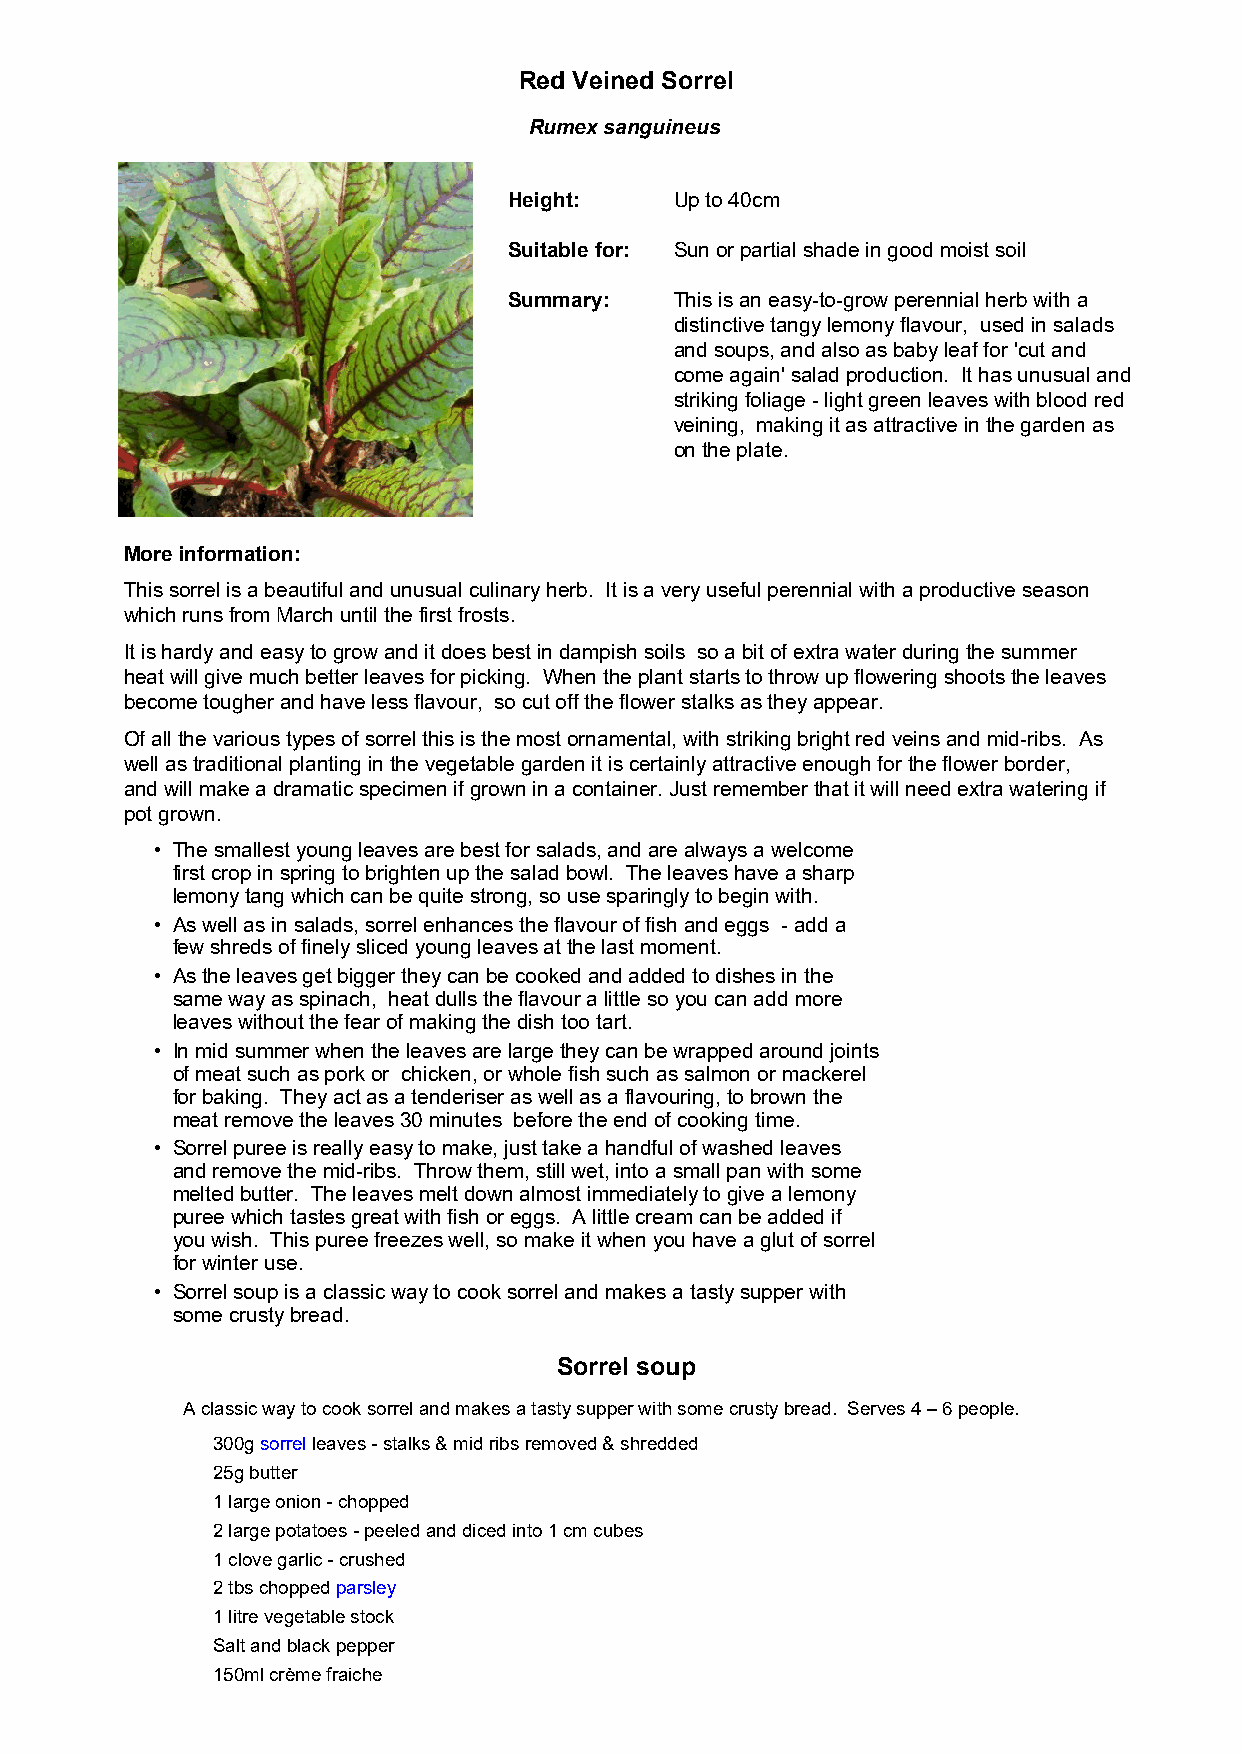
Red Veined Sorrel
 Rumex sanguineus
 Height:    Up to 40cm
 Suitable for: Sun or partial shade in good moist soil
 Summary:   This is an easy-to-grow perennial herb with a
 distinctive tangy lemony flavour, used in salads
 and soups, and also as baby leaf for 'cut and
 come again' salad production. It has unusual and
 striking foliage - light green leaves with blood red
 veining, making it as attractive in the garden as
 on the plate.
 More information:
 This sorrel is a beautiful and unusual culinary herb. It is a very useful perennial with a productive season
 which runs from March until the first frosts.
 It is hardy and easy to grow and it does best in dampish soils so a bit of extra water during the summer
 heat will give much better leaves for picking. When the plant starts to throw up flowering shoots the leaves
 become tougher and have less flavour, so cut off the flower stalks as they appear.
 Of all the various types of sorrel this is the most ornamental, with striking bright red veins and mid-ribs. As
 well as traditional planting in the vegetable garden it is certainly attractive enough for the flower border,
 and will make a dramatic specimen if grown in a container. Just remember that it will need extra watering if
 pot grown.
 • The smallest young leaves are best for salads, and are always a welcome
 first crop in spring to brighten up the salad bowl. The leaves have a sharp
 lemony tang which can be quite strong, so use sparingly to begin with.
 • As well as in salads, sorrel enhances the flavour of fish and eggs - add a
 few shreds of finely sliced young leaves at the last moment.
 • As the leaves get bigger they can be cooked and added to dishes in the
 same way as spinach, heat dulls the flavour a little so you can add more
 leaves without the fear of making the dish too tart.
 • In mid summer when the leaves are large they can be wrapped around joints
 of meat such as pork or chicken, or whole fish such as salmon or mackerel
 for baking. They act as a tenderiser as well as a flavouring, to brown the
 meat remove the leaves 30 minutes before the end of cooking time.
 • Sorrel puree is really easy to make, just take a handful of washed leaves
 and remove the mid-ribs. Throw them, still wet, into a small pan with some
 melted butter. The leaves melt down almost immediately to give a lemony
 puree which tastes great with fish or eggs. A little cream can be added if
 you wish. This puree freezes well, so make it when you have a glut of sorrel
 for winter use.
 • Sorrel soup is a classic way to cook sorrel and makes a tasty supper with
 some crusty bread.
 Sorrel soup
 A classic way to cook sorrel and makes a tasty supper with some crusty bread. Serves 4 – 6 people.
 300g sorrel leaves - stalks & mid ribs removed & shredded
 25g butter
 1 large onion - chopped
 2 large potatoes - peeled and diced into 1 cm cubes
 1 clove garlic - crushed
 2 tbs chopped parsley
 1 litre vegetable stock
 Salt and black pepper
 150ml crème fraiche